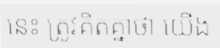
នេះ ត្រូវគិតគ្នាថា យើង